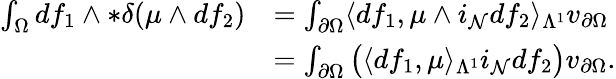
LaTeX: \begin{array}{rl}{\int_{\Omega}df_{1}\wedge\ast\delta(\mu\wedge df_{2})}&{=\int_{\partial\Omega}\langle df_{1},\mu\wedge i_{\mathcal{N}}df_{2}\rangle_{\Lambda^{1}}v_{\partial\Omega}}\\ &{=\int_{\partial\Omega}\big(\langle df_{1},\mu\rangle_{\Lambda^{1}}i_{\mathcal{N}}df_{2}\big)v_{\partial\Omega}.}\end{array}